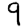
Digit: 9